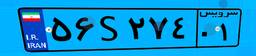
۵۶S۲۷۴۰۱